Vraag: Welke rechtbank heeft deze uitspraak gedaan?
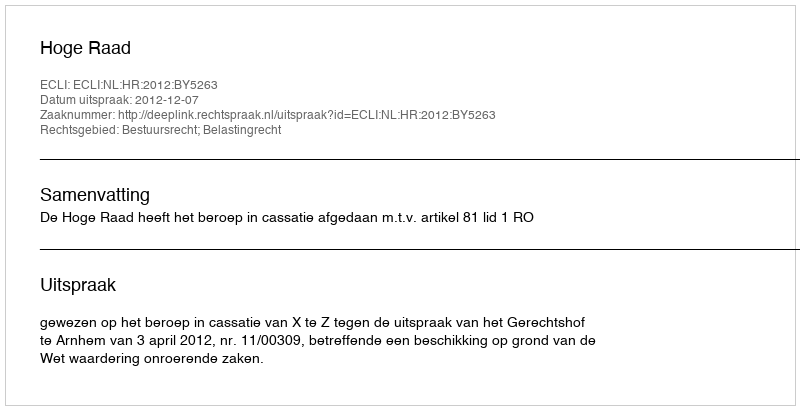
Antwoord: Hoge Raad